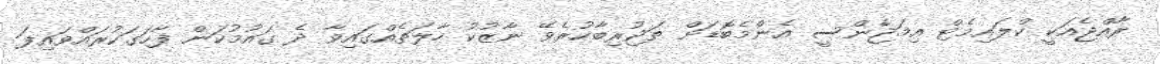
ރާއްޖެއަކީ ކްލައިމެޓް އިމަޖެންސީ އެންމެބޮޑަށް ތަޖުރިބާކުރެވޭ ނާޒުކު ހާލަތެއްގައިވާ ދެ ގައުމުކަން ފާހަގަކުރައްވައިފަ